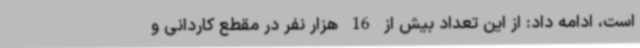
است، ادامه داد: از این تعداد بیش از 16 هزار نفر در مقطع کاردانی و